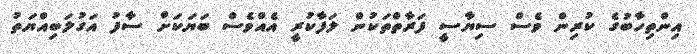
އިންތިހާބުގެ ކުރިން ވެސް ސިޔާސީ ފަރާތްތަކުން ލަފާކުރީ އެއްވެސް ބަޔަކަށް ސާފު އަގުލަބިއްޔަތު